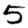
Digit: 5